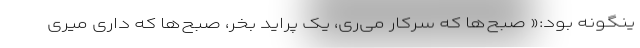
ینگونه بود:« صبح‌ها که سرکار می‌ری، یک پراید بخر، صبح‌ها که داری میری